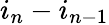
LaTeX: i_{n}-i_{n-1}